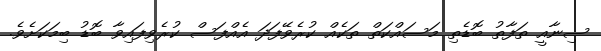
ސިނާއީ ތަފާތު ބޮޑެތި މަސައްކަތް ތަކެއް ކުރެވޭފަދަ އެއްފަސް ކުރެވިފައިވާ ބޮޑު ބިމަކަށެވެ.